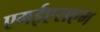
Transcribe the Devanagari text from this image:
एमईएसएम